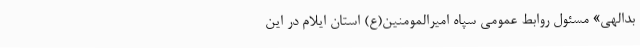
بدالهی» مسئول روابط عمومی سپاه امیرالمومنین(ع) استان ایلام در این